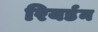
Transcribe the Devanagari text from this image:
रियर्डन